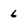
Character: 6